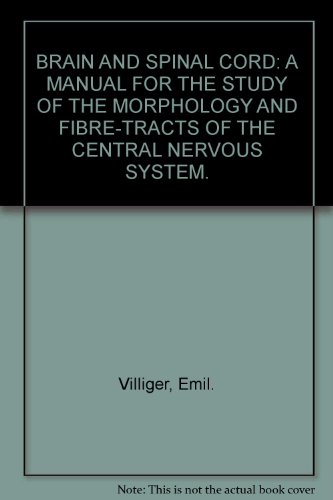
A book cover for Brain and spinal cord;: A manual for the study of the morphology and fibre-tracts of the central nervous system,; Emil Villiger; Health, Fitness & Dieting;